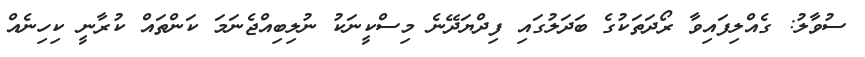
ސުވާލު: ގެއްލިފައިވާ ރޯދަތަކުގެ ބަދަލުގައި ފިދްޔަދޭނެ މިސްކީނަކު ނުލިބިއްޖެނަމަ ކަންތައް ކުރާނީ ކިހިނެއް